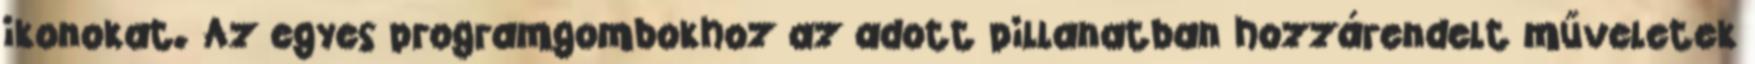
ikonokat. Az egyes programgombokhoz az adott pillanatban hozzárendelt műveletek